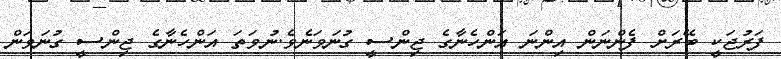
ފަރުޖަކީ ބޭރަށް ފެންނަން އިންނަ އަންހެނާގެ ޖިންސީ ގުނަވަނެވެ.ނުވަތަ އަންހެނާގެ ޖިންސީ ގުނަވަން